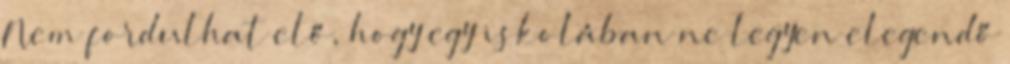
Nem fordulhat elő, hogy egy iskolában ne legyen elegendő